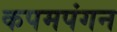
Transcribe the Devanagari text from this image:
कपमपंगन